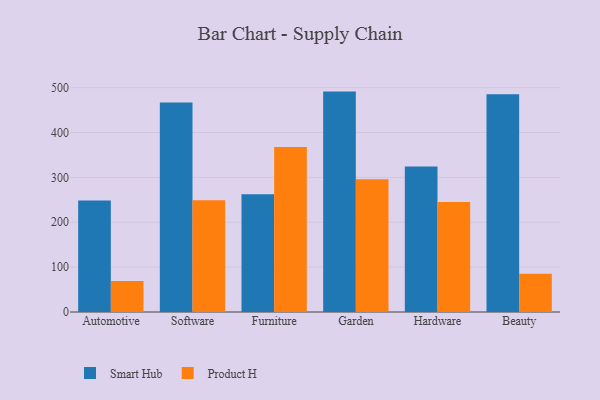
{"axis": {"x": "Category", "y": "Temperature (°C)"}, "legend": ["Product H", "Smart Hub"], "data": [{"x": "Automotive", "y": 248.4, "type": "Smart Hub"}, {"x": "Automotive", "y": 69.3, "type": "Product H"}, {"x": "Software", "y": 466.7, "type": "Smart Hub"}, {"x": "Software", "y": 249.0, "type": "Product H"}, {"x": "Furniture", "y": 262.7, "type": "Smart Hub"}, {"x": "Furniture", "y": 367.8, "type": "Product H"}, {"x": "Garden", "y": 491.2, "type": "Smart Hub"}, {"x": "Garden", "y": 295.9, "type": "Product H"}, {"x": "Hardware", "y": 324.2, "type": "Smart Hub"}, {"x": "Hardware", "y": 245.0, "type": "Product H"}, {"x": "Beauty", "y": 485.1, "type": "Smart Hub"}, {"x": "Beauty", "y": 85.2, "type": "Product H"}]}